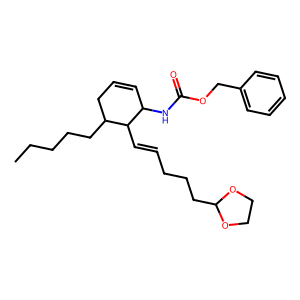
SMILES: CCCCCC1CC=CC(NC(=O)OCc2ccccc2)C1C=CCCCC1OCCO1
Inhibits HIV replication: No